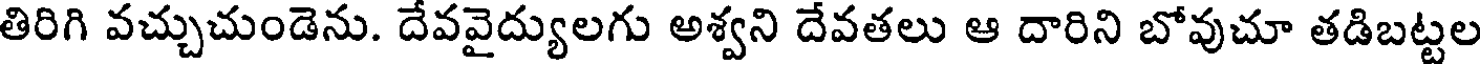
తిరిగి వచ్చుచుండెను. దేవవైద్యులగు అశ్వని దేవతలు ఆ దారిని బోవుచూ తడిబట్టల